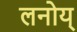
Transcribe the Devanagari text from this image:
लनोय्